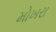
મોખરા